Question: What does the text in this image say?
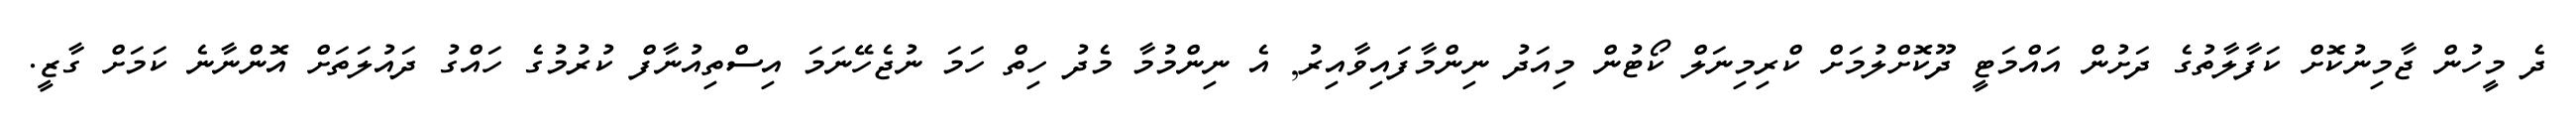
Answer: ދެ މީހުން ޖާމިނުކޮށް ކަފާލާތުގެ ދަށުން އައްމަޓީ ދޫކޮށްލުމަށް ކްރިމިނަލް ކޯޓުން މިއަދު ނިންމާފައިވާއިރު, އެ ނިންމުމާ މެދު ހިތް ހަމަ ނުޖެހޭނަމަ އިސްތިއުނާފް ކުރުމުގެ ހައްގު ދައުލަތަށް އޮންނާނެ ކަމަށް ގާޒީ.